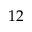
1 2